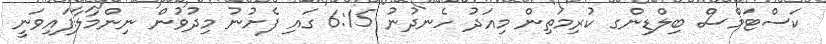
ކަސްޓަމްސް ބިލްޑިންގ ކުރިމަތިން މިއަދު ހެނދުނު 6:15 ގައި ފެށުނު މިދުވުން ނިންމާލާފައިވަނީ